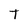
Character: T